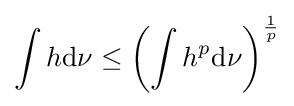
\int h\mathrm {d} \nu \leq \left(\int h^{p}\mathrm {d} \nu \right)^{\frac {1}{p}}